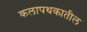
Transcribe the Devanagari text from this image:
कलापथकातील